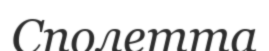
Сполетта